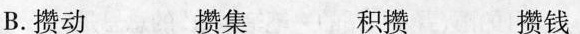
B.攒动 攒集 积攒 攒钱